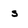
Character: s